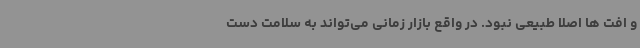
و افت ها اصلا طبیعی نبود. در واقع بازار زمانی می‌تواند به سلامت دست